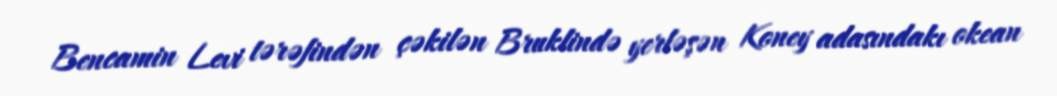
Bencamin Levi tərəfindən çəkilən Bruklində yerləşən Koney adasındakı okean